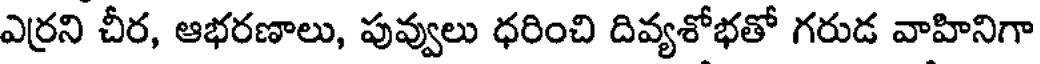
ఎర్రని చీర, ఆభరణాలు, పువ్వులు ధరించి దివ్యశోభతో గరుడ వాహినిగా